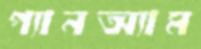
প্যানঅ্যাম